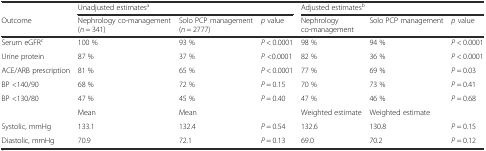
<table><thead><tr><td></td><td colspan="3"><b>Unadjusted estimates<sup>a</sup></b></td><td colspan="3"><b>Adjusted estimates<sup>b</sup></b></td></tr><tr><td><b>Outcome</b></td><td><b>Nephrology co-management (<i>n</i> = 341)</b></td><td><b>Solo PCP management (<i>n</i> = 2777)</b></td><td><b><i>p</i> value</b></td><td><b>Nephrology co-management</b></td><td><b>Solo PCP management</b></td><td><b><i>p</i> value</b></td></tr></thead><tbody><tr><td>Serum eGFR<sup>c</sup></td><td>100 %</td><td>93 %</td><td><i>P</i> &lt; 0.0001</td><td>98 %</td><td>94 %</td><td><i>P</i> &lt; 0.0001</td></tr><tr><td>Urine protein</td><td>87 %</td><td>37 %</td><td><i>P</i> &lt;0.0001</td><td>82 %</td><td>36 %</td><td><i>P</i> &lt; 0.0001</td></tr><tr><td>ACE/ARB prescription</td><td>81 %</td><td>65 %</td><td><i>P</i> &lt; 0.0001</td><td>77 %</td><td>69 %</td><td><i>P</i> = 0.03</td></tr><tr><td>BP &lt;140/90</td><td>68 %</td><td>72 %</td><td><i>P</i> = 0.15</td><td>70 %</td><td>73 %</td><td><i>P</i> = 0.41</td></tr><tr><td>BP &lt;130/80</td><td>47 %</td><td>45 %</td><td><i>P</i> = 0.40</td><td>47 %</td><td>46 %</td><td><i>P</i> = 0.68</td></tr><tr><td></td><td>Mean</td><td>Mean</td><td></td><td>Weighted estimate</td><td>Weighted estimate</td><td></td></tr><tr><td>Systolic, mmHg</td><td>133.1</td><td>132.4</td><td><i>P</i> = 0.54</td><td>132.6</td><td>130.8</td><td><i>P</i> = 0.15</td></tr><tr><td>Diastolic, mmHg</td><td>70.9</td><td>72.1</td><td><i>P</i> = 0.13</td><td>69.0</td><td>70.2</td><td><i>P</i> = 0.12</td></tr></tbody></table>